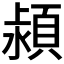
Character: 𣾢